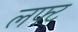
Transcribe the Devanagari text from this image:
लफ्ट